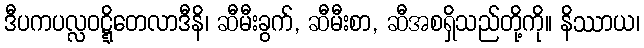
ဒီပကပလ္လဝဋ္ဋိတေလာဒီနိ၊ ဆီမီးခွက်, ဆီမီးစာ, ဆီအစရှိသည်တို့ကို။ နိဿာယ၊